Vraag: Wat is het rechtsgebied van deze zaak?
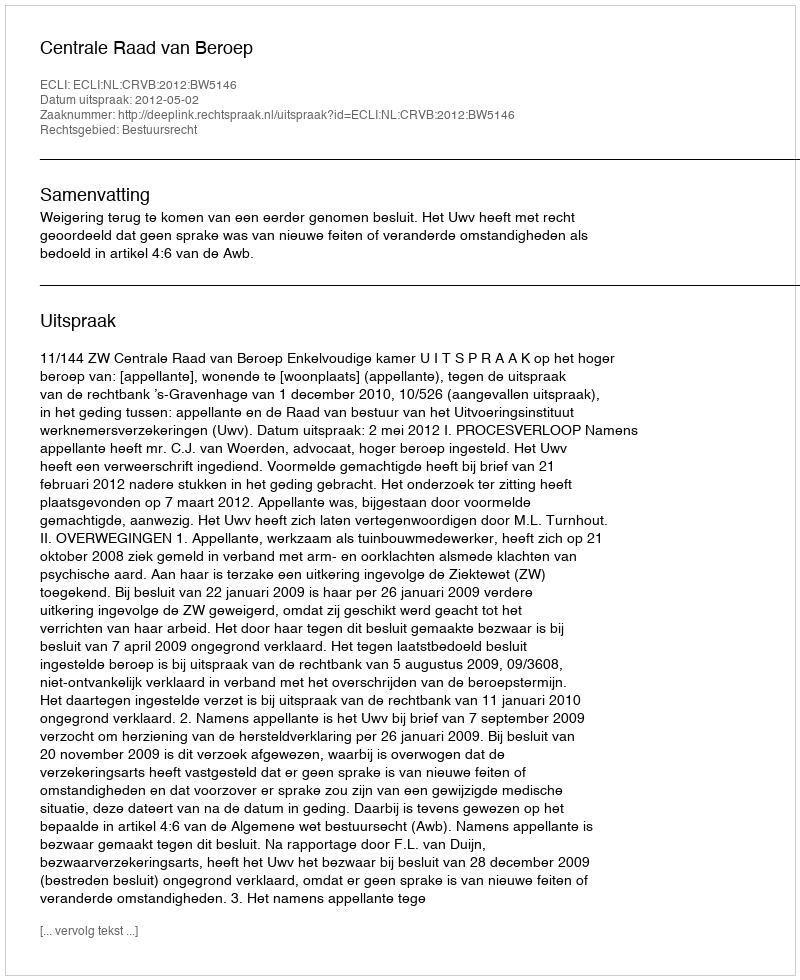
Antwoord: Bestuursrecht